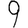
Digit: 9